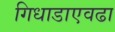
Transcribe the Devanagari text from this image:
गिधाडाएवढा